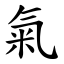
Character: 氣